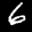
Label: 6